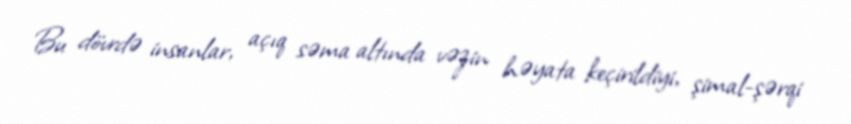
Bu dövrdə insanlar, açıq səma altında vəzin həyata keçirildiyi, şimal-şərqi